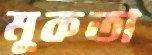
মুকতা